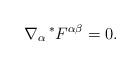
LaTeX: \begin{align*} \nabla_{\alpha} \prescript{*}{}{F}^{\alpha\beta} = 0.\end{align*}